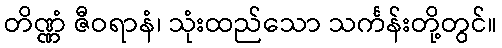
တိဏ္ဏံ ဇီဝရာနံ၊ သုံးထည်သော သင်္ကန်းတို့တွင်။